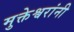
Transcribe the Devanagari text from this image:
मुक्तेश्वरांनी